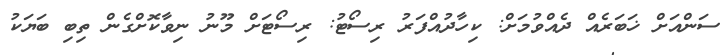
ސަންއަށް ޚަބަރެއް ދެއްވުމަށް: ކިހާދުއްފަރު ރިސޯޓު: ރިސޯޓަށް މޫނު ނިވާކޮށްގެން ތިބި ބަޔަކު